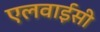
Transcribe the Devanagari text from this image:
एलवाईसी